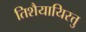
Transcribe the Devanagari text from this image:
तिशैयायिरत्तु